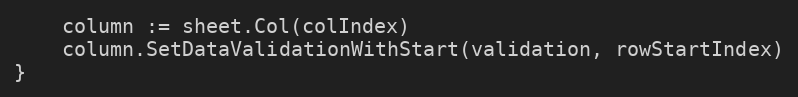
Language: Go
	column := sheet.Col(colIndex)
	column.SetDataValidationWithStart(validation, rowStartIndex)
}